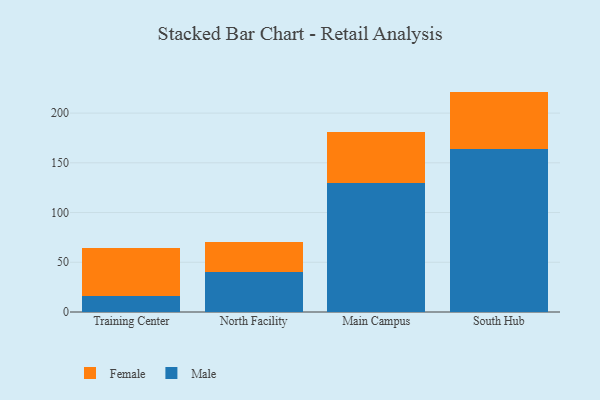
{"axis": {"x": "Campus", "y": "Churn Rate (%)"}, "legend": ["Female", "Male"], "data": [{"x": "Training Center", "y": 15.8, "type": "Male"}, {"x": "Training Center", "y": 48.8, "type": "Female"}, {"x": "North Facility", "y": 39.8, "type": "Male"}, {"x": "North Facility", "y": 30.5, "type": "Female"}, {"x": "Main Campus", "y": 129.6, "type": "Male"}, {"x": "Main Campus", "y": 51.4, "type": "Female"}, {"x": "South Hub", "y": 163.7, "type": "Male"}, {"x": "South Hub", "y": 57.9, "type": "Female"}]}